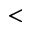
<